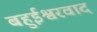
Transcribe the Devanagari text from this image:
बहुईश्वरवाद